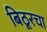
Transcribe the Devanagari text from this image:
बिठूरचा